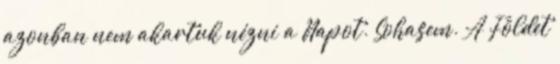
azonban nem akartuk nézni a Napot. Sohasem. A Földet